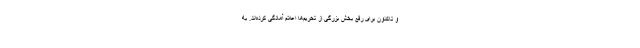
و تاکنون برای رفع بخش بزرگی از تحریم‌ها اعلام آمادگی کرده‌اند. به